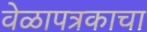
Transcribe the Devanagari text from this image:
वेळापत्रकाचा